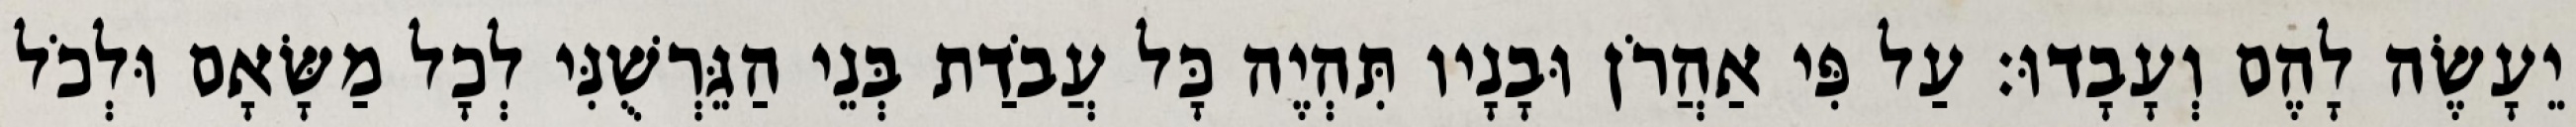
יֵעָשֶׂה לָהֶם וְעָבָדוּ׃ עַל פִּי אַהֲרֹן וּבָנָיו תִּהְיֶה כָּל עֲבֹדַת בְּנֵי הַגֵּרְשֻׁנִּי לְכָל מַשָּׂאָם וּלְכֹל